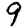
Digit: 9